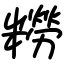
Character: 𫃑